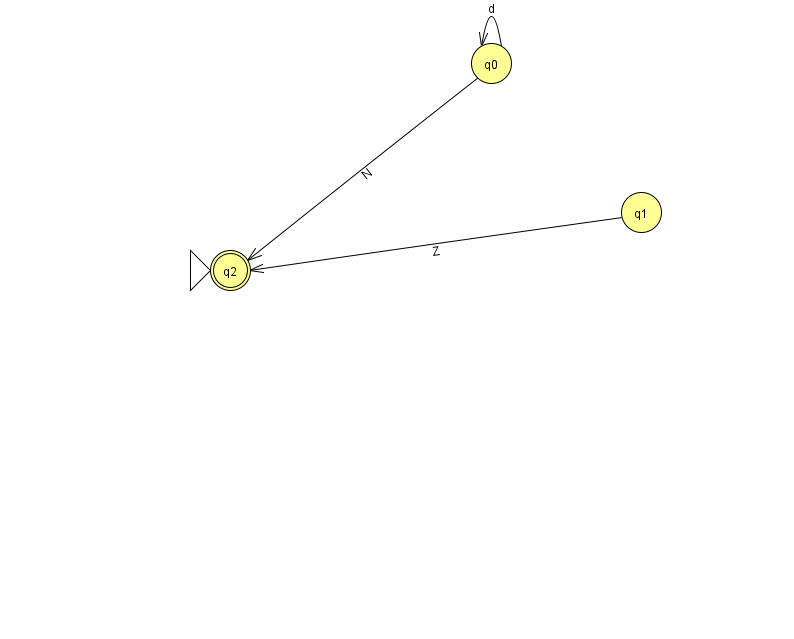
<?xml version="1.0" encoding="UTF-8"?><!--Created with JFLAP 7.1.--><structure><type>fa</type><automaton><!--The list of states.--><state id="0" name="q0"><x>491.0</x><y>50.0</y></state><state id="1" name="q1"><x>641.0</x><y>199.0</y></state><state id="2" name="q2"><x>230.0</x><y>257.0</y><initial/><final/></state><!--The list of transitions.--><transition><from>0</from><to>2</to><read>N</read></transition><transition><from>0</from><to>0</to><read>d</read></transition><transition><from>1</from><to>2</to><read>Z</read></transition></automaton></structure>